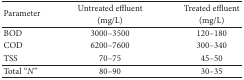
<table><thead><tr><td rowspan="2"><b>Parameter </b></td><td><b>Untreated effluent </b></td><td><b>Treated effluent </b></td></tr><tr><td><b>(mg/L)</b></td><td><b>(mg/L)</b></td></tr></thead><tbody><tr><td>BOD</td><td>3000–3500</td><td>120–180</td></tr><tr><td>COD</td><td>6200–7600</td><td>300–340</td></tr><tr><td>TSS</td><td>70–75</td><td>45–50</td></tr><tr><td>Total “<i>N</i>”</td><td>80–90</td><td>30–35</td></tr></tbody></table>